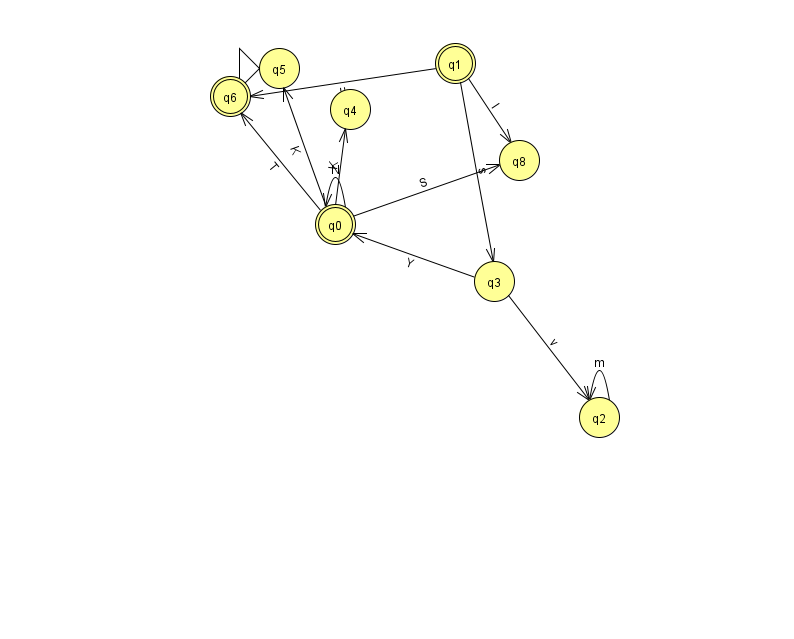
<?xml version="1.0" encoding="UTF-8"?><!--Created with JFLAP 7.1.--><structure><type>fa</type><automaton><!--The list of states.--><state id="0" name="q0"><x>335.0</x><y>211.0</y><final/></state><state id="1" name="q1"><x>455.0</x><y>50.0</y><final/></state><state id="2" name="q2"><x>599.0</x><y>404.0</y></state><state id="3" name="q3"><x>494.0</x><y>268.0</y></state><state id="4" name="q4"><x>350.0</x><y>96.0</y></state><state id="5" name="q5"><x>279.0</x><y>55.0</y><initial/></state><state id="6" name="q6"><x>230.0</x><y>83.0</y><final/></state><state id="8" name="q8"><x>519.0</x><y>147.0</y></state><!--The list of transitions.--><transition><from>0</from><to>6</to><read>T</read></transition><transition><from>1</from><to>6</to><read>u</read></transition><transition><from>3</from><to>0</to><read>Y</read></transition><transition><from>0</from><to>4</to><read>K</read></transition><transition><from>1</from><to>8</to><read>I</read></transition><transition><from>0</from><to>5</to><read>K</read></transition><transition><from>3</from><to>2</to><read>v</read></transition><transition><from>0</from><to>8</to><read>S</read></transition><transition><from>1</from><to>3</to><read>s</read></transition><transition><from>2</from><to>2</to><read>m</read></transition><transition><from>0</from><to>0</to><read>N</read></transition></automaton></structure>